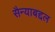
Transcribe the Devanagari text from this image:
सैन्याबद्दल